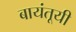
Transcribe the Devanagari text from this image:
बायंतूयी